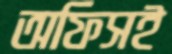
অফিসই